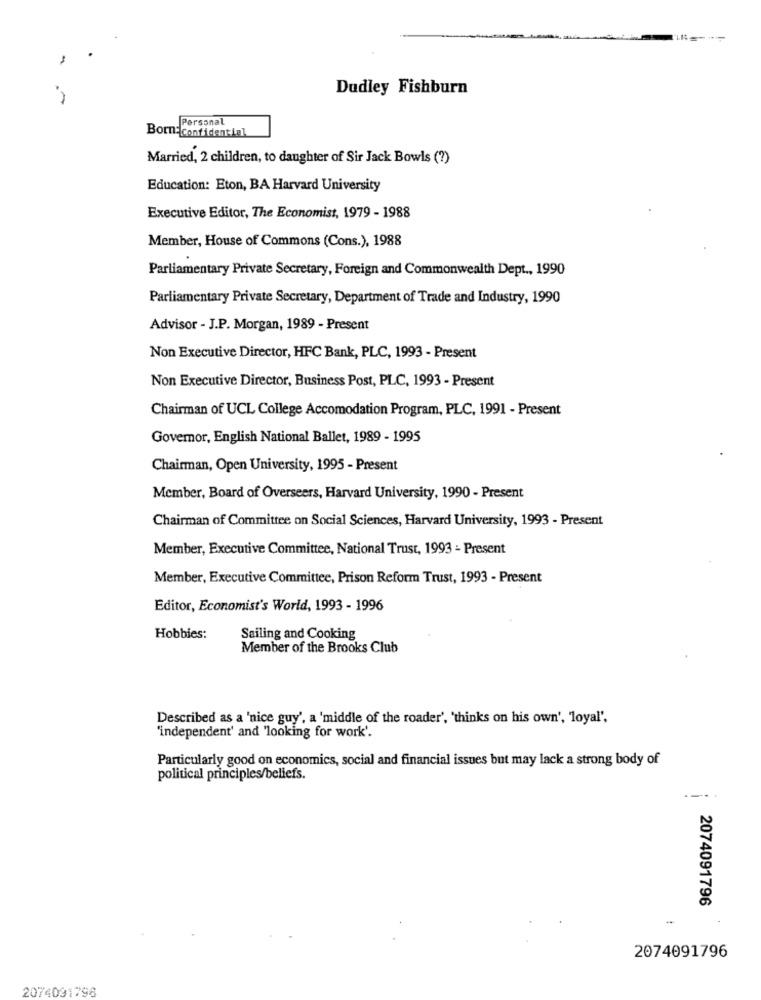
Dudley Fishburn
Personal
Born: Confidential
Married, 2 children, to daughter of Sir Jack Bowls (?)
Education: Eton, BA Harvard University
Executive Editor, The Economist, 1979 - 1988
Member, House of Commons (Cons.), 1988
Parliamentary Private Secretary, Foreign and Commonwealth Dept ., 1990
Parliamentary Private Secretary, Department of Trade and Industry, 1990
Advisor - J.P. Morgan, 1989 - Present
Non Executive Director, HFC Bank, PLC, 1993 - Present
Non Executive Director, Business Post, PLC, 1993 - Present
Chairman of UCL College Accomodation Program, PLC, 1991 - Present
Governor, English National Ballet, 1989 - 1995
Chairman, Open University, 1995 - Present
Member, Board of Overseers, Harvard University, 1990 - Present
Chairman of Committee on Social Sciences, Harvard University, 1993 - Present
Member, Executive Committee, National Trust, 1993 - Present
Member, Executive Committee, Prison Reform Trust, 1993 - Present
Editor, Economist's World, 1993 - 1996
Hobbies:
Sailing and Cooking
Member of the Brooks Club
Described as a 'nice guy', a 'middle of the roader', 'thinks on his own', 'loyal',
"independent' and 'looking for work'.
Particularly good on economics, social and financial issues but may lack a strong body of
political principles/beliefs.
-.
2074091796
-
2074091796
2074091796